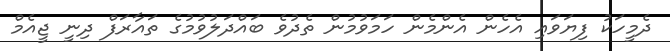
ދެމީހަކު ފިޔަވައި އެހެން އެންމެން ހަމަވުމުން ތެދުވެ ބައްދަލުވުމުގެ ތައާރަފް ދިނީ ޖީއެމް